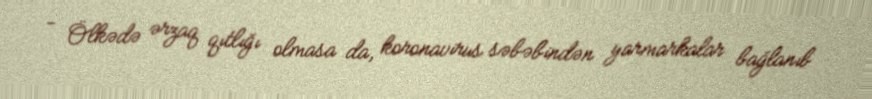
- Ölkədə ərzaq qıtlığı olmasa da, koronavirus səbəbindən yarmarkalar bağlanıb